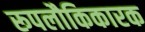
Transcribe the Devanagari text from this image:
रूपलौकिकारक